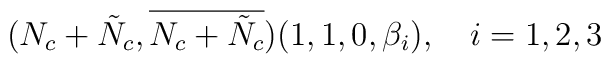
(N_{c}+\tilde{N}_{c}, \overline{N_{c}+\tilde{N}_{c}}) (1, 1, 0, \beta_{i}), \ \ \ i=1,2,3